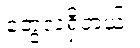
တွေလဲရှိတယ်။